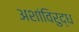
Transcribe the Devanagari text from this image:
अशांविरुद्ध